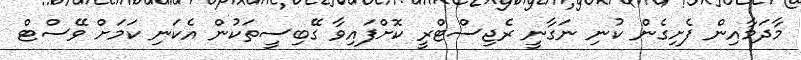
މާދަމާއިން ފެށިގެން ކުނި ނަގާނީ ރެޖިސްޓްރީ ކޮށްފައިވާ ގޭބިސީތަކުން އެކަނި ކަމަށް ވޭސްޓް